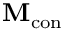
\mathbf { M } _ { \mathrm { c o n } }